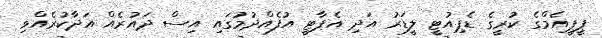
ޕީޕީއެމްގެ ކުރީގެ ޑެޕިއުޓީ ލީޑަރު އަދި އެޕާޓީ އުފެއްދުމުގައި އިސް ދައުރެއް އަދާކުރެއްވި